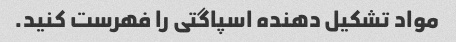
مواد تشکیل دهنده اسپاگتی را فهرست کنید.